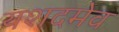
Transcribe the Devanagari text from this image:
यशदमेव